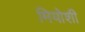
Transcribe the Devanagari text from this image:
मियोशी